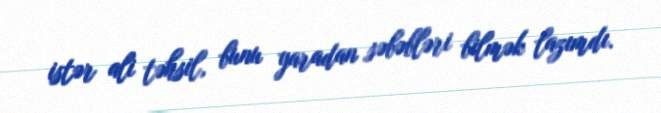
istər ali təhsil, bunu yaradan səbəbləri bilmək lazımdı.